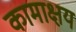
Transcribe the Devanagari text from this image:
कामाक्षय